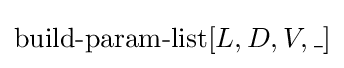
\operatorname {build-param-list} [L,D,V,\_]